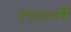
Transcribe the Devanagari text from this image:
१९७०मे